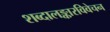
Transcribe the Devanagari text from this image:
शब्दालङ्कारविवेचन